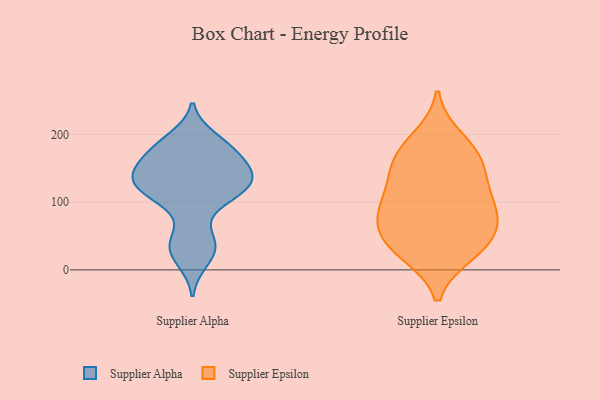
{"axis": {"x": "Customer Acquisition Cost (USD)", "y": "Value"}, "legend": ["Supplier Alpha", "Supplier Epsilon"], "data": [{"x": "", "y": 144, "type": "Supplier Alpha"}, {"x": "", "y": 164, "type": "Supplier Alpha"}, {"x": "", "y": 152, "type": "Supplier Alpha"}, {"x": "", "y": 172, "type": "Supplier Alpha"}, {"x": "", "y": 107, "type": "Supplier Alpha"}, {"x": "", "y": 186, "type": "Supplier Alpha"}, {"x": "", "y": 122, "type": "Supplier Alpha"}, {"x": "", "y": 100, "type": "Supplier Alpha"}, {"x": "", "y": 124, "type": "Supplier Alpha"}, {"x": "", "y": 137, "type": "Supplier Alpha"}, {"x": "", "y": 137, "type": "Supplier Alpha"}, {"x": "", "y": 39, "type": "Supplier Alpha"}, {"x": "", "y": 134, "type": "Supplier Alpha"}, {"x": "", "y": 180, "type": "Supplier Alpha"}, {"x": "", "y": 45, "type": "Supplier Alpha"}, {"x": "", "y": 194, "type": "Supplier Alpha"}, {"x": "", "y": 13, "type": "Supplier Alpha"}, {"x": "", "y": 116, "type": "Supplier Alpha"}, {"x": "", "y": 31, "type": "Supplier Alpha"}, {"x": "", "y": 48, "type": "Supplier Epsilon"}, {"x": "", "y": 163, "type": "Supplier Epsilon"}, {"x": "", "y": 122, "type": "Supplier Epsilon"}, {"x": "", "y": 40, "type": "Supplier Epsilon"}, {"x": "", "y": 125, "type": "Supplier Epsilon"}, {"x": "", "y": 91, "type": "Supplier Epsilon"}, {"x": "", "y": 85, "type": "Supplier Epsilon"}, {"x": "", "y": 81, "type": "Supplier Epsilon"}, {"x": "", "y": 156, "type": "Supplier Epsilon"}, {"x": "", "y": 193, "type": "Supplier Epsilon"}, {"x": "", "y": 71, "type": "Supplier Epsilon"}, {"x": "", "y": 28, "type": "Supplier Epsilon"}, {"x": "", "y": 173, "type": "Supplier Epsilon"}, {"x": "", "y": 25, "type": "Supplier Epsilon"}]}